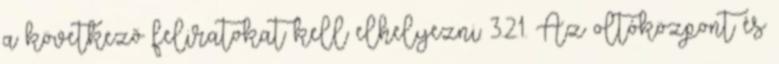
a következõ feliratokat kell elhelyezni: 3.2.1. Az oltóközpont és